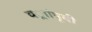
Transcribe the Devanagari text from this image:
वर्ाांपूवी